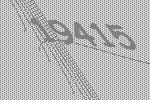
19415